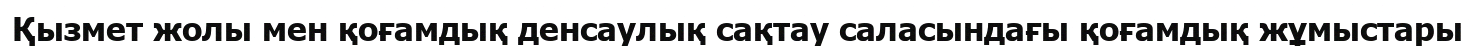
Қызмет жолы мен қоғамдық денсаулық сақтау саласындағы қоғамдық жұмыстары